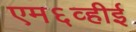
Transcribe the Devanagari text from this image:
एम६व्हीई